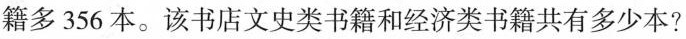
籍多356本。该书店文史类书籍和经济类书籍共有多少本?